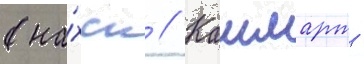
(на́хск // Кашмарт -